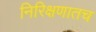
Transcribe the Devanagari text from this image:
निरिक्षणातच